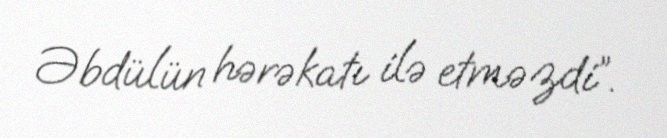
Əbdülün hərəkatı ilə etməzdi”.